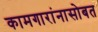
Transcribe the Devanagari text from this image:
कामगारांनासोबत